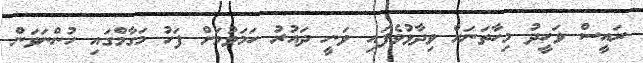
ރައީސް ވަހީދު މިހާތަނަށް ވިދާޅުވެފައި ވަނީ ދައުރު ހަމަވުމަށް ފަހު މަގާމްގައި ހުންނަވަން